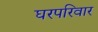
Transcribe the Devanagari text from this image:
घरपरिवार